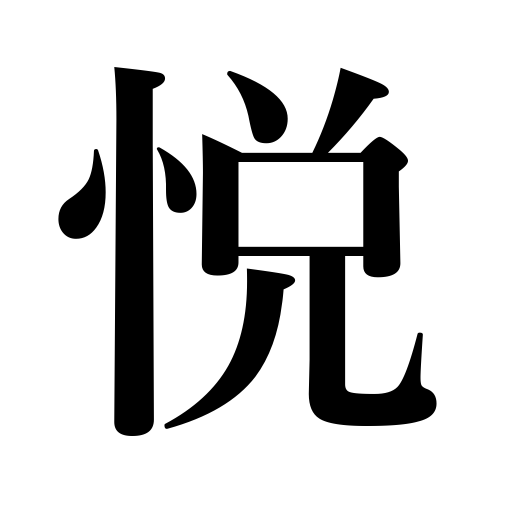
Meanings: rapture,joy,ecstasy,amusement